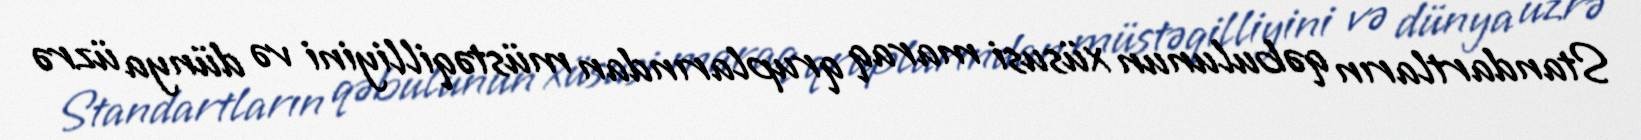
Standartların qəbulunun xüsusi maraq qruplarından müstəqilliyini və dünya üzrə